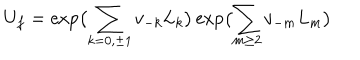
LaTeX: U _ { f } = \exp \bigl ( \sum _ { k = 0 , \pm 1 } v _ { - k } L _ { k } \bigr ) \exp \bigl ( \sum _ { m \geq 2 } v _ { - m } L _ { m } \bigr )